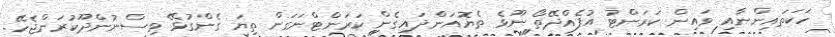
ހަކަތައިންނާއި ވައިން ކަރަންޓު އުފެއްދޭތޯ ނޫޅެ ތެޔޮއަންދައިގެން ކަރަންޓްނަގަން ތިޔަ ގެންގުޅޭ ވިސްނުންދޫކުރަންޖެހޭ.